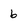
Character: 6